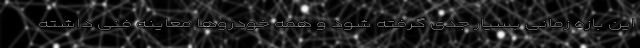
این بازه زمانی بسیار جدی گرفته شود و همه خودروها معاینه‌ فنی داشته